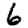
Digit: 6